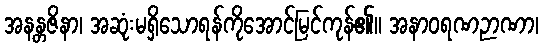
အနန္တဇိနာ၊ အဆုံးမရှိသောရန်ကိုအောင်မြင်ကုန်၏။ အနာဝရဏဉာဏာ၊